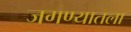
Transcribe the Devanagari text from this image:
जगण्यातला